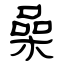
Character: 喿